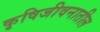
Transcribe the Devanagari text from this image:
कृषिजीवनातील